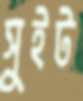
সুইট